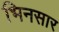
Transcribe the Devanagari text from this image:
भिनसार